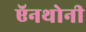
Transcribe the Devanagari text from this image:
ऍनथोनी